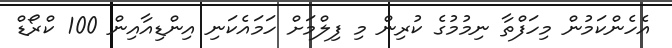
އެހެންކަމުން މިހަފްތާ ނިމުމުގެ ކުރިން މި ފިލްމަށް ހަމައެކަނި އިންޑިއާއިން 100 ކްރޯޑް